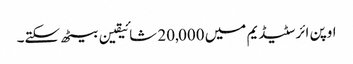
اوپن ائر سٹیڈیم میں 20,000 شائیقین بیٹھ سکتے۔